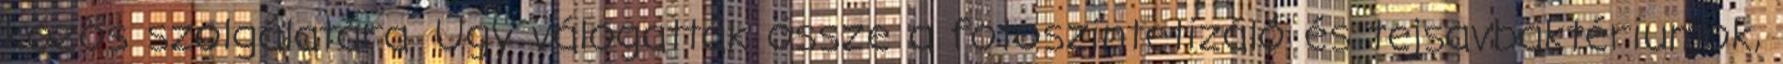
közös szolgálatára. Úgy válogatták össze a fotoszintetizáló és tejsavbaktériumok,